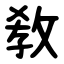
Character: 敎